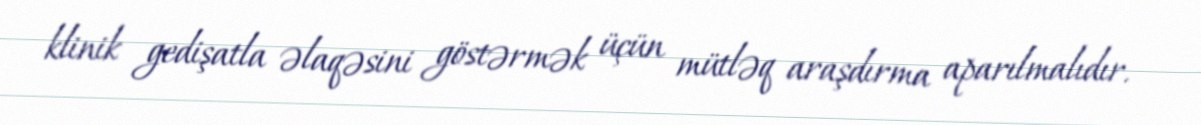
klinik gedişatla əlaqəsini göstərmək üçün mütləq araşdırma aparılmalıdır.